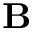
\mathbf { B }